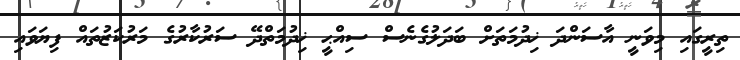
ތިރީގައި މިވަނީ އާސަންދަ ޚިދުމަތަށް ބަދަލުގެނެސް ސިއްޙީ ޚިދުމަތްދޭ ސަރުކާރުގެ މަރުކަޒުތައް ފިޔަވައި